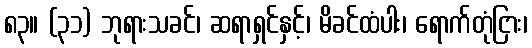
၈၃။ (၃၁) ဘုရားသခင်၊ ဆရာရှင်နှင့်၊ မိခင်ထံပါး၊ ရောက်တုံငြား၊